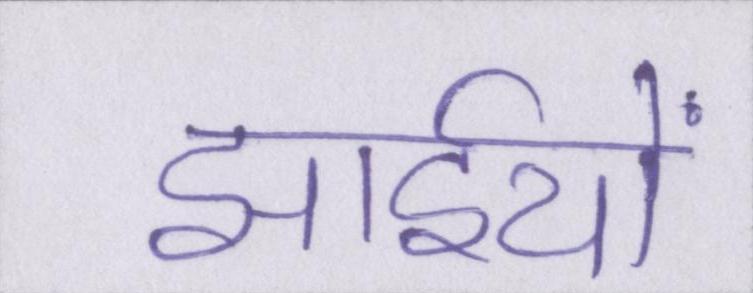
झाईयों